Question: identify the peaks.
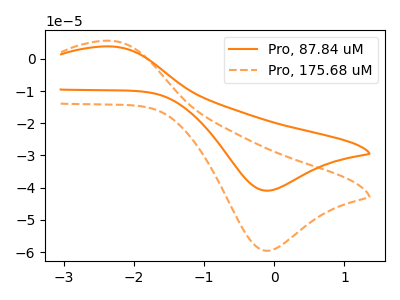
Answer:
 <answer>The orange curve "Pro, 87.84 uM" has an anodic peak at (-2.35V, 3.85uA) and a cathodic peak at (-0.15V, -40.90uA). The orange dashed curve "Pro, 175.68 uM" has an anodic peak at (-2.35V, 5.60uA) and a cathodic peak at (-0.15V, -59.55uA).</answer>
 <eval></eval>